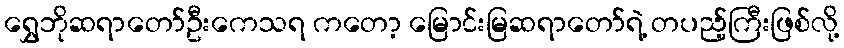
ရွှေဘိုဆရာတော်ဦးကေသရ ကတော့ မြောင်းမြဆရာတော်ရဲ့ တပည့်ကြီးဖြစ်လို့